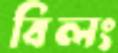
বিলং